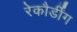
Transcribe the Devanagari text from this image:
रेकौर्डींग